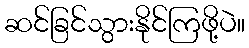
ဆင်ခြင်သွားနိုင်ကြဖို့ပဲ။